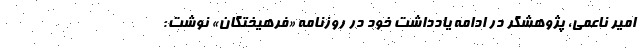
امیر ناعمی، پژوهشگر در ادامه یادداشت خود در روزنامه «فرهیختگان» نوشت: